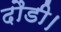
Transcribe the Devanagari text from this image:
दौडी।